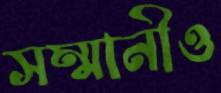
সম্মানীও